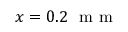
x = 0 . 2 ~ \mathrm { ~ m ~ m ~ }